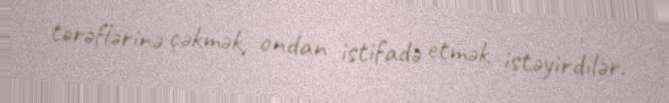
tərəflərinə çəkmək, ondan istifadə etmək istəyirdilər.